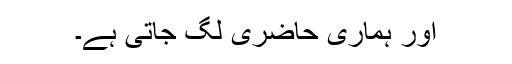
اور ہماری حاضری لگ جاتی ہے۔